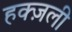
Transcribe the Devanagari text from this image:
हक्ज़ली